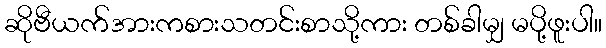
ဆိုဗီယက်အားကစားသတင်းစာသို့ကား တစ်ခါမျှ မပို့ဖူးပါ။